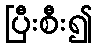
ပြီးစီး၍